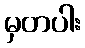
မှတပါး